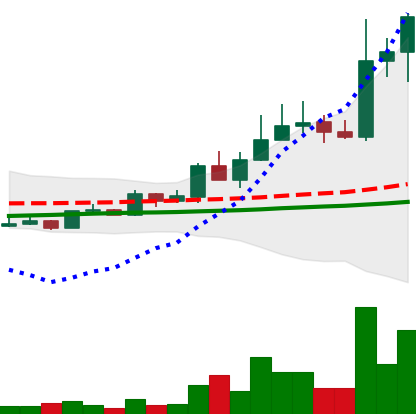
Ticker: LINK-USD
Chart end date: 2019-05-16
Forward return: 28.052%
Label: up_7plus